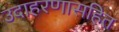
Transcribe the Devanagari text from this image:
उदाहरणासहित